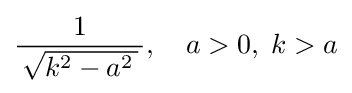
{\frac {1}{\,{\sqrt {k^{2}-a^{2}\,}}\,}},\quad a>0,\;k>a